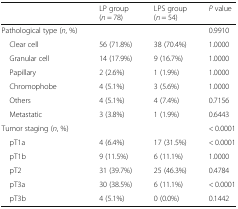
|  | LP group (n = 78) | LPS group (n = 54) | P value |
 | --- | --- | --- | --- |
 | Pathological type (n, %) |  |  | 0.9910 |
 | Clear cell | 56 (71.8%) | 38 (70.4%) | 1.0000 |
 | Granular cell | 14 (17.9%) | 9 (16.7%) | 1.0000 |
 | Papillary | 2 (2.6%) | 1 (1.9%) | 1.0000 |
 | Chromophobe | 4 (5.1%) | 3 (5.6%) | 1.0000 |
 | Others | 4 (5.1%) | 4 (7.4%) | 0.7156 |
 | Metastatic | 3 (3.8%) | 1 (1.9%) | 0.6443 |
 | Tumor staging (n, %) |  |  | < 0.0001 |
 | pT1a | 4 (6.4%) | 17 (31.5%) | < 0.0001 |
 | pT1b | 9 (11.5%) | 6 (11.1%) | 1.0000 |
 | pT2 | 31 (39.7%) | 25 (46.3%) | 0.4784 |
 | pT3a | 30 (38.5%) | 6 (11.1%) | < 0.0001 |
 | pT3b | 4 (5.1%) | 0 (0.0%) | 0.1442 |